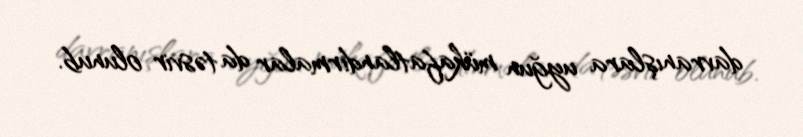
davranışlara uyğun mükafatlandırmalar da təsvir olunub.